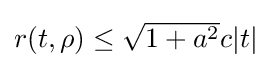
\textstyle r(t,\rho )\leq {\sqrt {1+a^{2}}}c|t|